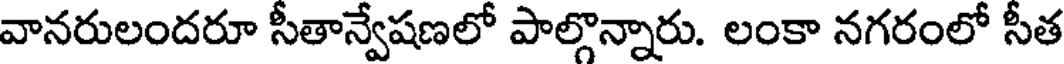
వానరులందరూ సీతాన్వేషణలో పాల్గొన్నారు. లంకా నగరంలో సీత